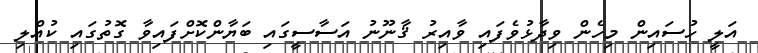
އަލީ ހުސައިން މިހެން ވިދާޅުވެފައި ވާއިރު ޤާނޫނު އަސާސީގައި ބަޔާންކޮށްފައިވާ ގޮތުގައި ކުއްލި